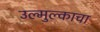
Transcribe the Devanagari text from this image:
उल्मुल्काचा